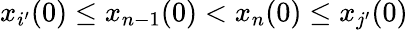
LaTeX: x_{i^{\prime}}(0)\leq x_{n-1}(0)<x_{n}(0)\leq x_{j^{\prime}}(0)